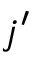
j ^ { \prime }